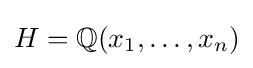
H=\mathbb {Q} (x_{1},\ldots ,x_{n})